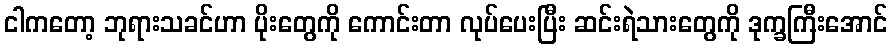
ငါကတော့ ဘုရားသခင်ဟာ ပိုးတွေကို ကောင်းတာ လုပ်ပေးပြီး ဆင်းရဲသားတွေကို ဒုက္ခကြီးအောင်